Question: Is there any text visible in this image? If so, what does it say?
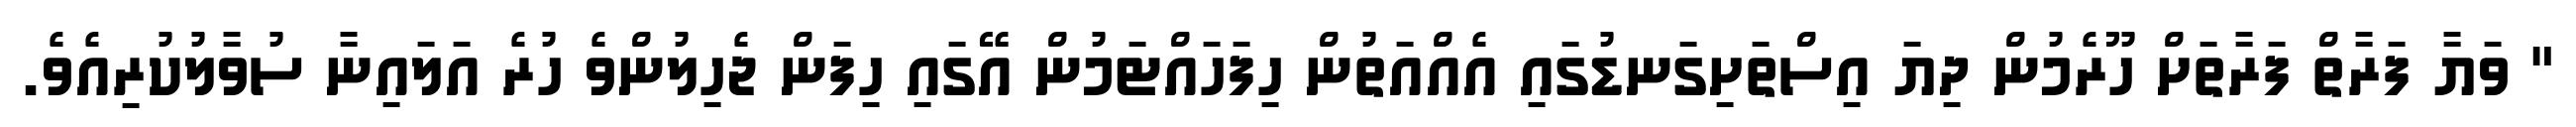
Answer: " ވަޔާ ފަރާތް ފަރާތަށް ހޫރެމުން ދިޔަ އިސްތަށިގަނޑުގައި އެއްއަތުން ހިފަހައްޓަމުން އޭގައި ހިފަން ޖެހިލުންވެ ހުރެ އަލައިނާ ސުވާލުކުރިއެވެ.